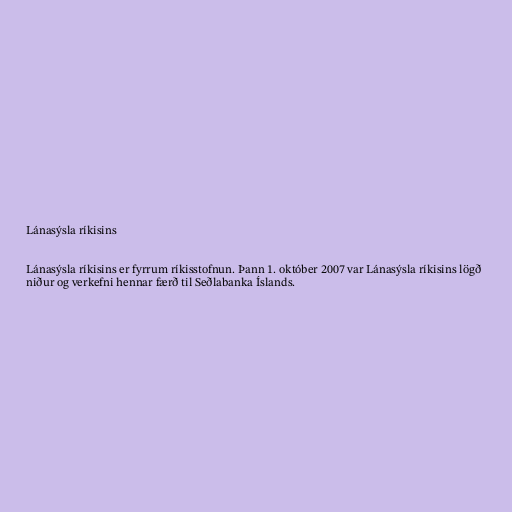
Lánasýsla ríkisins

Lánasýsla ríkisins er fyrrum ríkisstofnun. Þann 1. október 2007 var Lánasýsla ríkisins lögð
niður og verkefni hennar færð til Seðlabanka Íslands.